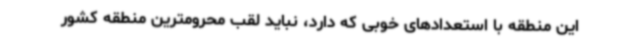
این منطقه با استعدادهای خوبی که دارد، نباید لقب محرومترین منطقه کشور